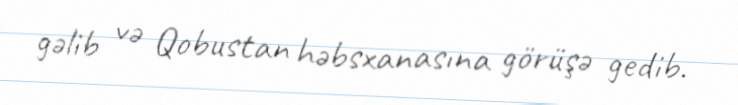
gəlib və Qobustan həbsxanasına görüşə gedib.